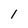
Character: 1